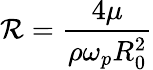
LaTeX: {\cal R}=\frac{4\mu}{\rho\omega_{p}R_{0}^{2}}